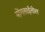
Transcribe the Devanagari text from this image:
मोंगलाईंतील